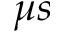
\mu s